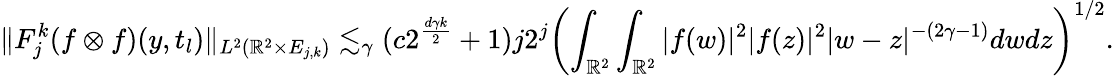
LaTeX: \| F_{j}^{k}(f\otimes f)(y,t_{l})\| _{L^{2}({\mathbb{R}}^{2}\times E_{j,k})}\lesssim_{\gamma}(c2^{\frac{d\gamma k}{2}}+1)j2^{j}\biggl(\int_{\mathbb{R}^{2}}\int_{\mathbb{R}^{2}}|f(w)|^{2}|f(z)|^{2}|w-z|^{-(2\gamma-1)}dwdz\biggl)^{1/2}.